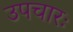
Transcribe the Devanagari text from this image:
उपचारः